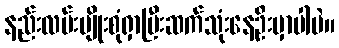
နည်းလမ်းမျိုးစုံရှာပြီးဆက်သုံးနေဦးမှာပါပဲ။